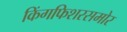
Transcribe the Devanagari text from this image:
किंगफिशरसमोर